Annual vaccination report of Bihar and Orissa - 1911-1928
Year: 1911
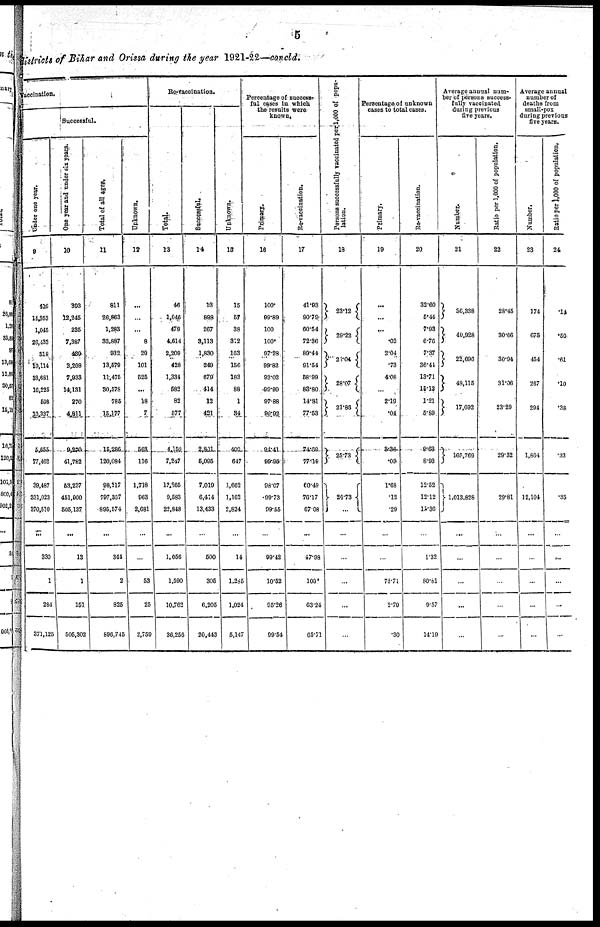
5
districts of Bihar and Orissa during the year 1921-22—concld.
Vaccination.
Successful.
Under one year.
9
426
14,353
1,045
26,433
318
10,114
83,681
16,225
508
10,337
5,655
77,462
39,487
331,023
370,510
...
330
1
284
371,125
One year and under six years.
10
393
12,245
235
7,387
439
3,208
7,933
14,131
270
4,811
9,270
41,782
53,237
451,900
505,137
...
13
1
151
505,302
Total of all age.
11
811
26,863
1,283
33,887
932
13,579
11,475
30,578
785
15,177
15,286
120,084
98,217
797,357
895,574
...
344
2
825
896,745
Unknown.
12
...
...
...
8
20
101
525
...
18
...
563
116
1,718
963
2,681
...
...
53
25
2,759
Re-Vaccination.
Total.
13
46
1,046
479
4,614
2,209
428
1,334
583
82
577
4,150
7,247
13,265
9,583
22,848
...
1,056
1,590
10,762
36,256
Successful.
14
13
898
267
3,113
1,830
249
679
414
12
421
2,801
5,095
7,019
6,414
13,433
...
500
305
6,205
20,443
Unknown.
15
15
57
38
312
163
156
183
88
1
34
400
647
1,662
1,162
2,824
...
14
1,285
1,024
5,147
Percentage of success-
ful cases in which
the results were
known.
Primary.
16
100.
99.89
100
100.
99.28
99.82
93.02
99.99
97.88
99.92
94.41
99.95
98.07
99.73
99.55
...
99.42
10.52
95.26
99.54
Re-vaccination.
17
41.93
90.79
60.54
72.36
89.44
91.64
58.99
88.80.
14.81
77.63
74.69
77.19
60.49
76.17
67.08
...
47.98
100.
63.24
65.71
Persons successfully vaccinated perl,000 of popu-
lation.
18
23.12
29.22
23.04
28.07
21.86
25.73
26.73
...
...
...
...
...
...
Percentage of unknown
cases to total cases.
Primary.
19
...
...
...
.02
2.04
.73
4.08
...
2.19
.04
8.36
.09
1.68
.12
.29
...
...
78.71
2.79
.30
Re-vaccination.
20
32.60
5.44
7.93
6.76
7.37
36.41
13.71
16.12
1.21
5.89
9.63
8.93
12.52
12.12
11.30
...
1.32
80.61
9.57
14.19
Average annual num-
ber of persons success-
fully vaccinated
during previous
five years.
Number.
21
36,338
40,928
22,696
48,115
17,692
165,769
1,013,828
...
...
...
...
...
Ratio per 1,000 of population.
22
28.45
30.66
30.94
31.06
23.29
29.32
29.81
...
...
...
...
...
Average annual
number of
deaths from
small-pox
during previous
five years.
Number.
23
174
675
454
267
294
1,864
12,104
...
...
...
...
...
Ratio per 1,000 of population.
24
.14
.56
.61
.10
.38
.33
.35
...
...
...
...
...